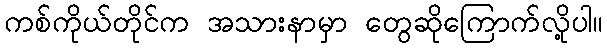
ကစ်ကိုယ်တိုင်က အသားနာမှာ တွေဆိုကြောက်လို့ပါ။